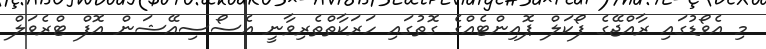
މި އެވޯޑުގައި ރާއްޖޭގެ ފޯކަލް ޕޮއިންޓެއްގެ ގޮތުގައި ހަރަކާތްތެރިވާނީ އެސޯސިއޭޝަން އޮފް ޓްރެވަލް